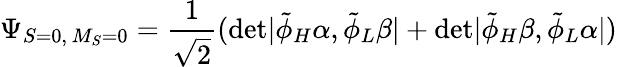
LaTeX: \Psi_{S=0,\, M_{S}=0}=\frac{1}{\sqrt 2}(\mathrm{det}|\tilde{\phi}_{H}\alpha,\tilde{\phi}_{L}\beta|+\mathrm{det}|\tilde{\phi}_{H}\beta,\tilde{\phi}_{L}\alpha|)